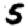
Digit: 5